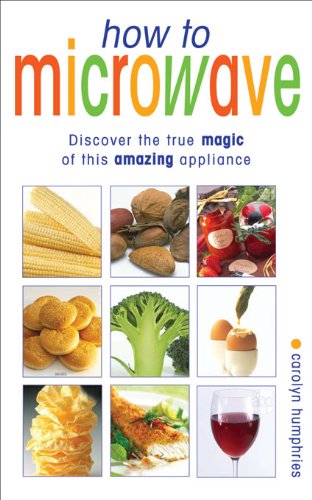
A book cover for How To Microwave: The Good Cook's Guide To Best Microwave Practice; Carolyn Humphries; Cookbooks, Food & Wine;